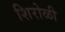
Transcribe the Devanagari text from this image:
शिरोळी